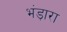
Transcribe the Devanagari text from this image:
भंड़ारा